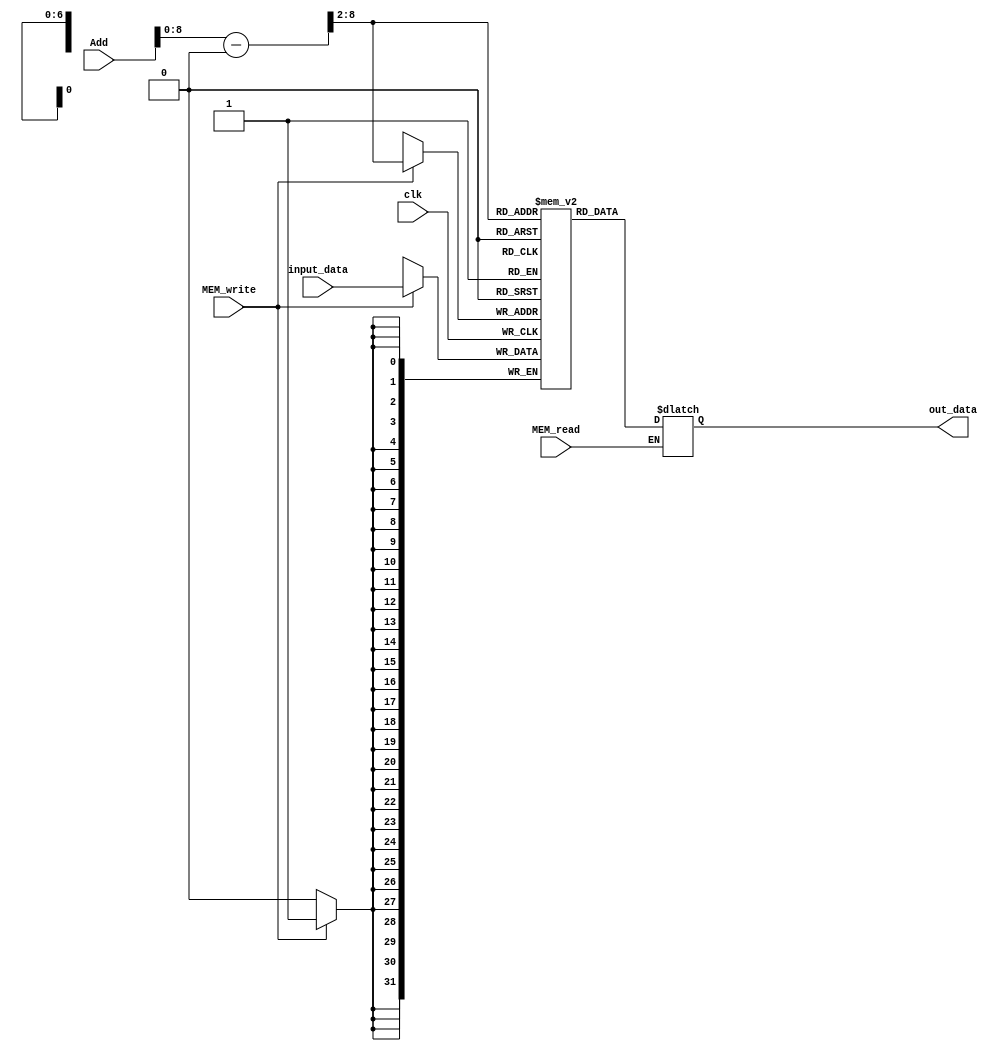
`timescale 1ns/1ns
module Data_Memory(
  Add, 
  input_data,
  clk, 
  MEM_read, 
  MEM_write,
  out_data
);
  parameter mem_size = 64;
  parameter len = 32;

  input [len-1 : 0] Add, input_data;
  input clk, MEM_read, MEM_write;
  output reg [len-1 : 0] out_data;

  wire [len-1 : 0] temp_addr  = Add - 32'd1024;
  wire [len-1 : 0] real_addr = {2'd0, temp_addr[31:2]};

  reg [len-1 : 0] memory [0 : mem_size];

  integer i; 
  initial begin
    for(i = 0 ; i < 64 ; i = i + 1)
	    memory[i] = 32'd0; 	
  end

  always @ (posedge clk) begin
    if(MEM_write)begin
      memory[real_addr] <= input_data;
    end
  end

  always @ (MEM_read, real_addr) begin
    if(MEM_read) begin 
      out_data = memory[real_addr];
    end
  end

endmodule